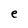
Character: e